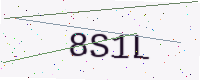
Text: 8S1L